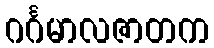
ဂင်္ဂမာလဇာတက